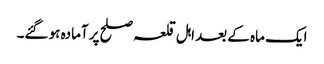
ایک ماہ کے بعد اہل قلعہ صلح پر آمادہ ہو گئے۔